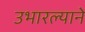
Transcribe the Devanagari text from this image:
उभारल्याने